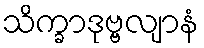
သိက္ခာဒုဗ္ဗလျာနံ